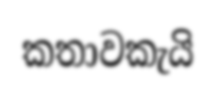
කතාවකැයි